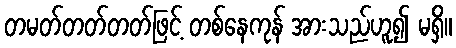
တမတ်တတ်တတ်ဖြင့် တစ်နေကုန် အားသည်ဟူ၍ မရှိ။